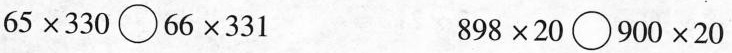
$$6 5 \times 3 3 0 \circ 6 6 \times 3 3 1$$ $$8 9 8 \times 20 \circ 9 0 0 \times 2 0$$